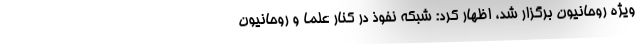
ویژه روحانیون برگزار شد، اظهار کرد: شبکه نفوذ در کنار علما و روحانیون